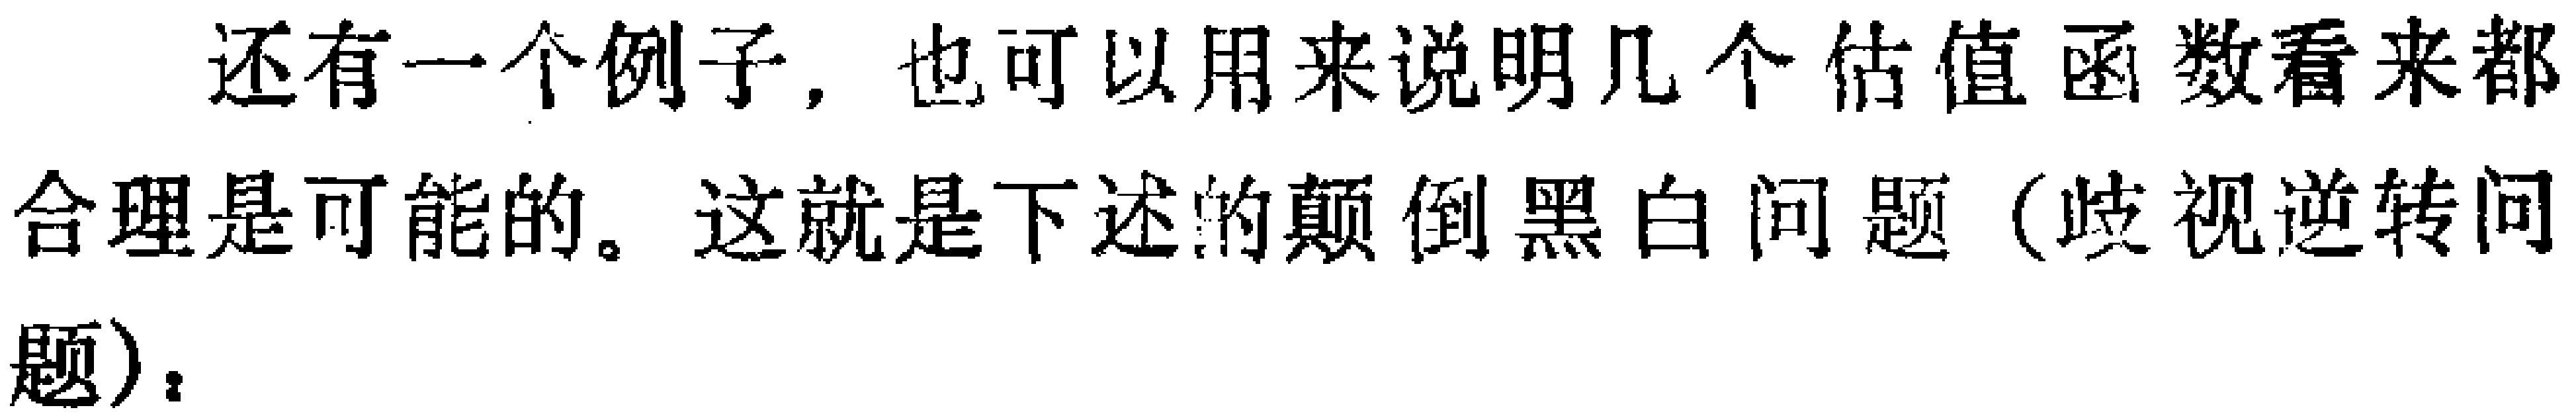
还有一个例子，也可以用来说明几个估值函数看来都合理是可能的。这就是下述的颠倒黑白问题（歧视逆转问题）。